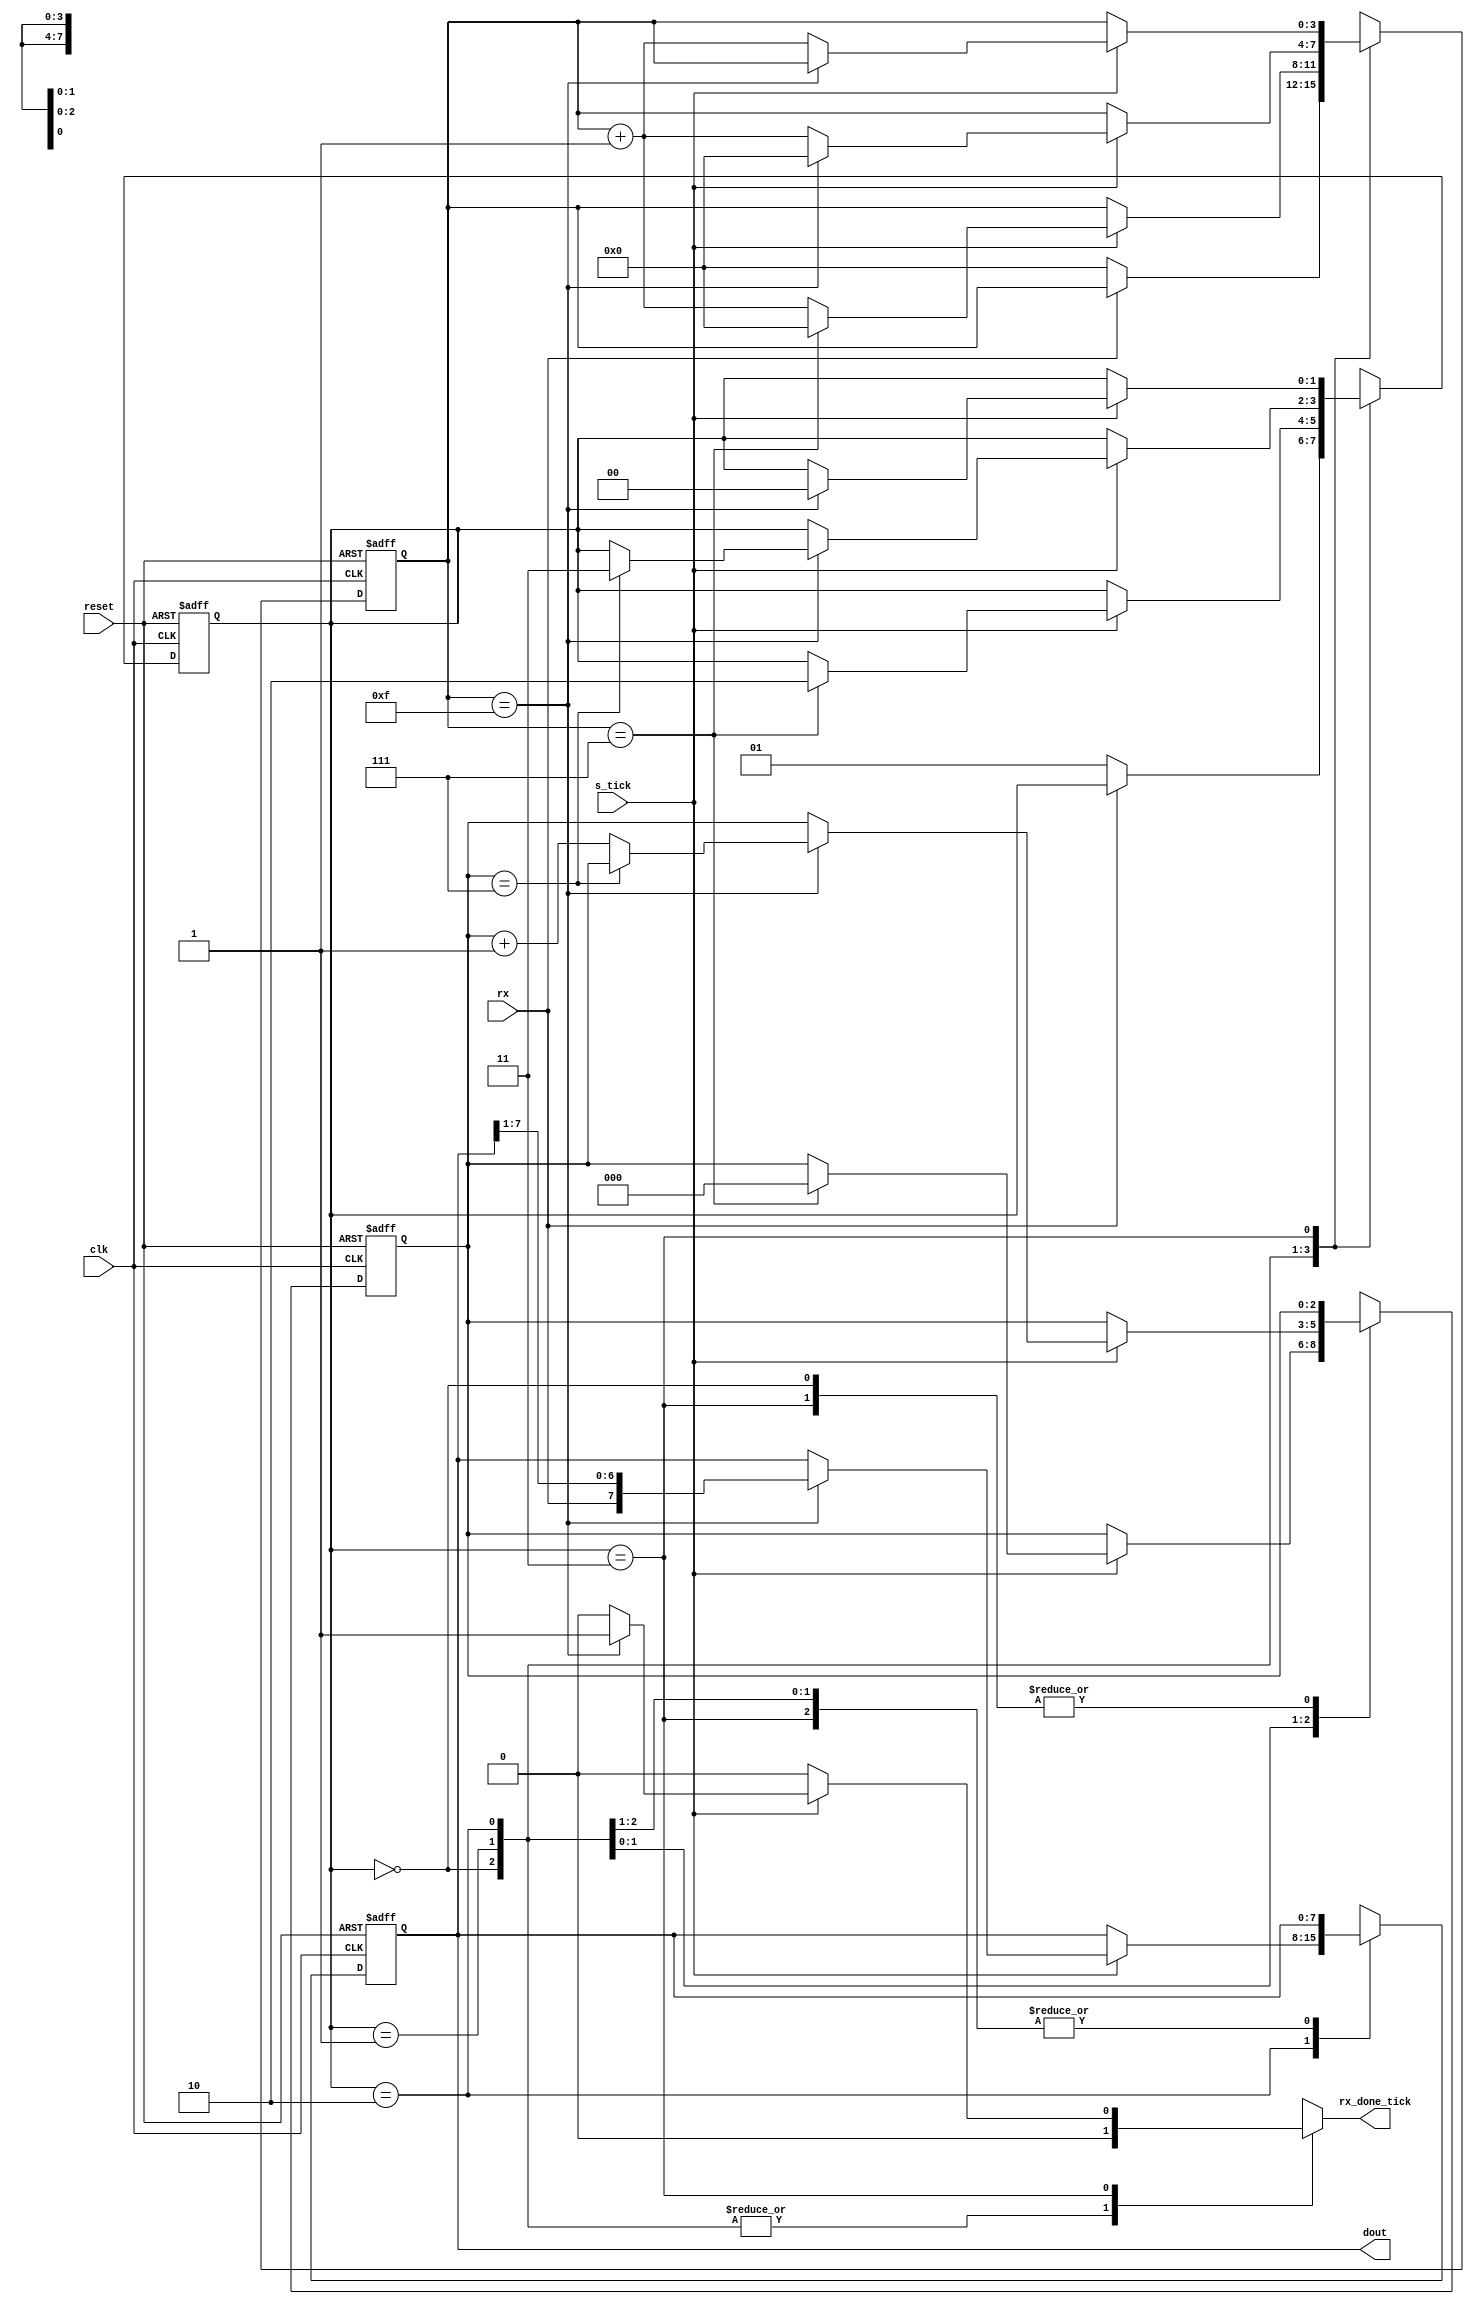
module Receptor_1#(
			parameter DBIT=8, 
					 SB_TICK=16 
	)
	(
		input wire clk, reset,
		input wire rx, s_tick,
		output reg rx_done_tick,
		output wire [7:0] dout
	);
	localparam [1:0]
		idle = 2'b00,
		start = 2'b01,
		data = 2'b10,
		stop = 2'b11;
	reg [1:0] state_reg=0, state_next=0;
	reg [3:0] s_reg=0, s_next=0;
	reg [2:0] n_reg=0, n_next=0;
	reg [7:0] b_reg=0, b_next=0;
	always @( posedge clk, posedge reset)
		if (reset)
			begin
				state_reg <= idle;
				s_reg <= 0;
				n_reg <= 0;
				b_reg <= 0;
			end
		else
			begin
				state_reg <=state_next;
				s_reg <= s_next;
				n_reg <= n_next;
				b_reg <= b_next;
			end
   always @*
	begin
		state_next = state_reg;
		rx_done_tick = 1'b0;
		s_next = s_reg;
		n_next = n_reg;
		b_next = b_reg;
		case (state_reg)
			idle:
				if (~rx)
					begin
						state_next = start;
						s_next =0;
					end
			start:
				if (s_tick)
					if (s_reg==7)
						begin
							state_next = data;
							s_next = 0;
							n_next = 0;
						end
					else
						s_next = s_reg+1;
			data:
				if (s_tick)
					if (s_reg == 15)
							begin
							s_next = 0;
							b_next = {rx,b_reg [7:1]};
							if (n_reg==(DBIT-1))
								state_next = stop;
								else
									n_next = n_reg + 1;
							end
						else
							s_next = s_reg + 1;
			stop:
				if (s_tick)
					if (s_reg==(SB_TICK-1))
						begin
							state_next = idle;
							rx_done_tick = 1'b1;
						end
					else
						s_next = s_reg + 1;
			endcase
		end
		assign dout = b_reg;
endmodule